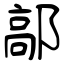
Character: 鄗